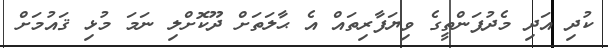
ކުދި އަދި މެދުފަންތީގެ ވިޔަފާރިތައް އެ ޙާލަތަށް ދޫކޮށްލި ނަމަ މުޅި ޤައުމަށް